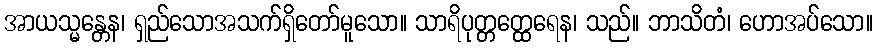
အာယသ္မန္တေန၊ ရှည်သောအသက်ရှိတော်မူသော။ သာရိပုတ္တတ္ထေရေန၊ သည်။ ဘာသိတံ၊ ဟောအပ်သော။